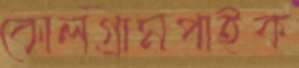
কোলগ্রামপাইক